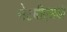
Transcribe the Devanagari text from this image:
नेटबीएसडी